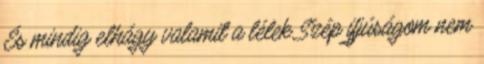
És mindig elhágy valamit a lélek Szép ifjúságom nem